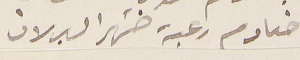
خادم رعية ضهر البلان